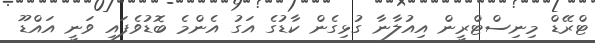
ޓްރޭޑް މިނިސްޓްރީން އިއުލާނާ ގުޅިގެން ކާޑުގެ އަގު އެންމެ ބޮޑުވެފައި ވަނީ އައްޑޫ